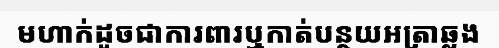
មហាក់ដូចជាការពារឬកាត់បន្ថយអត្រាឆ្លង